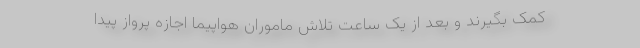
کمک بگیرند و بعد از یک ساعت تلاش ماموران هواپیما اجازه پرواز پیدا